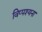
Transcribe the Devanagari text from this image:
विप्पश्यना